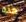
هذه